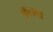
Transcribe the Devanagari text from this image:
कुतवा